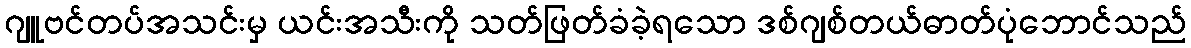
ဂျူဗင်တပ်အသင်းမှ ယင်းအသီးကို သတ်ဖြတ်ခံခဲ့ရသော ဒစ်ဂျစ်တယ်ဓာတ်ပုံဘောင်သည်